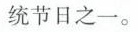
统节日之一。